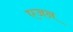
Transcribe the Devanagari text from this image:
एजन